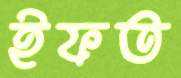
ইফত